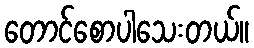
တောင်စောပါသေးတယ်။